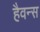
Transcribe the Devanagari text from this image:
हैवन्स